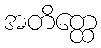
အတိတ္ထေ